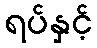
ရပ်နှင့်